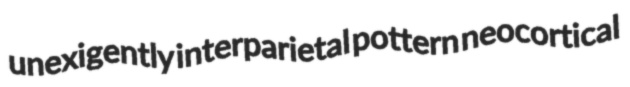
unexigently interparietal pottern neocortical